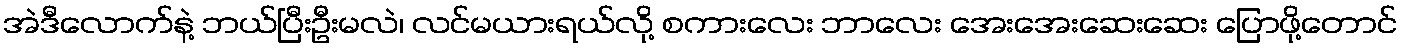
အဲဒီလောက်နဲ့ ဘယ်ပြီးဦးမလဲ၊ လင်မယားရယ်လို့ စကားလေး ဘာလေး အေးအေးဆေးဆေး ပြောဖို့တောင်